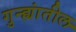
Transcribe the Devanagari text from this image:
गुन्ह्यांतील